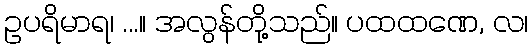
ဥပရိမာရ၊ ...။ အလွန်တို့သည်။ ပထထဏေ, လ၊